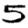
Digit: 5